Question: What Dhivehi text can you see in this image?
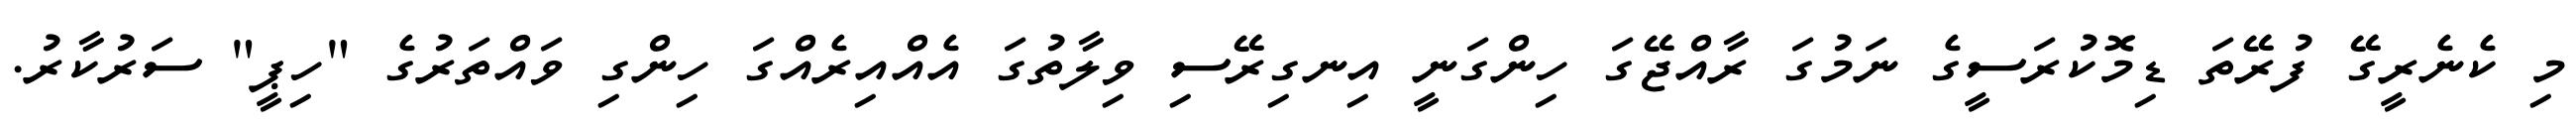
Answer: މި ކެނެރީގޭ ފުރޭތަ ޑިމޮކުރަސީގެ ނަމުގަ ރާއްޖޭގަ ހިންގަނީ އިނގިރޭސި ވިލާތުގަ އެއްއިރެއްގަ ހިންގި ވައްތަރުގެ "ހިޕީ" ސަރުކާރު.